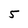
Character: 5